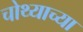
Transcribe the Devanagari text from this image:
चोथ्याच्या